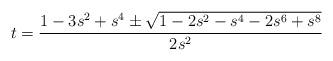
LaTeX: \begin{align*}t=\frac{1-3 s^2+s^4\pm \sqrt{1-2 s^2-s^4-2 s^6+s^8}}{2 s^2}\end{align*}